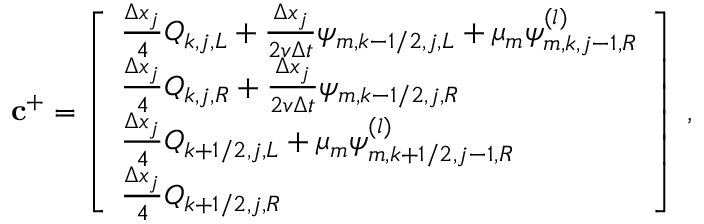
\mathbf { c } ^ { + } = \left[ \begin{array} { l } { \frac { \Delta x _ { j } } { 4 } Q _ { k , j , L } + \frac { \Delta x _ { j } } { 2 v \Delta t } \psi _ { m , k - 1 / 2 , j , L } + \mu _ { m } \psi _ { m , k , j - 1 , R } ^ { ( l ) } } \\ { \frac { \Delta x _ { j } } { 4 } Q _ { k , j , R } + \frac { \Delta x _ { j } } { 2 v \Delta t } \psi _ { m , k - 1 / 2 , j , R } } \\ { \frac { \Delta x _ { j } } { 4 } Q _ { k + 1 / 2 , j , L } + \mu _ { m } \psi _ { m , k + 1 / 2 , j - 1 , R } ^ { ( l ) } } \\ { \frac { \Delta x _ { j } } { 4 } Q _ { k + 1 / 2 , j , R } } \end{array} \right] \; ,